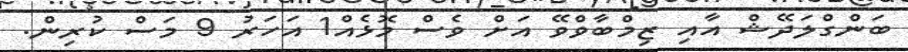
ބަންގްލަދޭޝް އާއި ޒިމްބާވްވޭ އަށް ވެސް މޮޅެއް1 އަހަރު 9 މަސް ކުރިން.